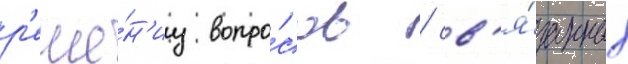
р'еше́н'иу вопро́сов / св'я́занных